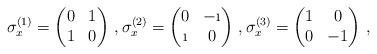
LaTeX: \begin{align*} \sigma_x^{(1)}=\left( \begin{matrix}0&1\\ 1&0\end{matrix}\right)\,,\sigma_x^{(2)}=\left(\begin{matrix}0&-\i\\ \i&0\end{matrix}\right)\,,\sigma_x^{(3)}=\left(\begin{matrix}1&0\\ 0&-1\end{matrix}\right)\,,\end{align*}